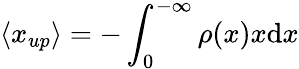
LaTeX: \langle x_{up}\rangle=-\int_{0}^{-\infty}\rho(x)x\mathrm{d}x